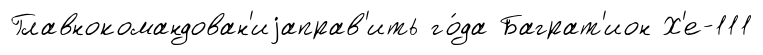
Главнокомандован'иjаправ'ить го́да Баграт'ион Х'е-111